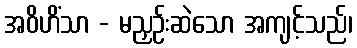
အဝိဟိံသာ - မညှဉ်းဆဲသော အကျင့်သည်၊